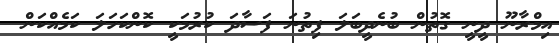
އިމްރާނޫ ދީނީ ގޮތުން ބުނެދީބަލަ ފިތުނަ ފަސާދަ ކުރުމަކީ ކޮންކަހަލަ ކަމެއްކަން